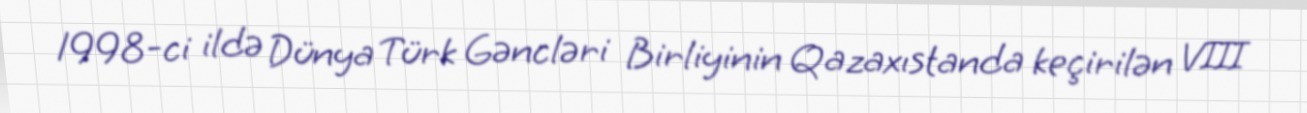
1998-ci ildə Dünya Türk Gəncləri Birliyinin Qazaxıstanda keçirilən VIII